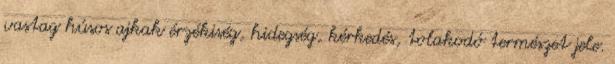
vastag húsos ajkak érzékiség, hidegség, kérkedés, tolakodó természet jele.